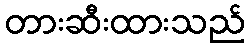
တားဆီးထားသည်